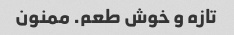
تازه و خوش طعم. ممنون